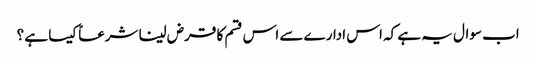
اب سوال یہ ہے کہ اس ادارے سے اس قسم کا قرض لینا شرعاً کیسا ہے ؟